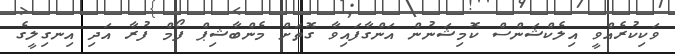
ވަކިކުރެއްވީ އިލެކްޝަންސް ކޮމިޝަނުން އަންގާފައިވާ ގޮތަށް މެންބާޝިޕް ފޯމް ފުރާ އަދި އިނގިލީގެ